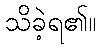
သိခဲ့ရ၏။